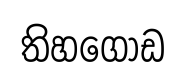
තිහගොඩ